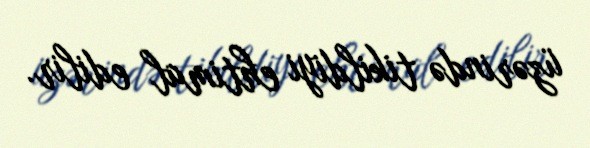
üzərində tikildiyi ehtimal edilir.